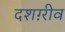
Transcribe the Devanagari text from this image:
दशग़्रीव